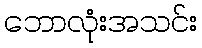
ဘောလုံးအသင်း